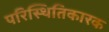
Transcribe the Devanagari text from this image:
परिस्थितिकारक